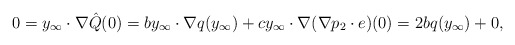
\begin{align*} 0 &= y_\infty\cdot\nabla\hat{Q}(0) = by_\infty\cdot\nabla q(y_\infty) + cy_\infty\cdot\nabla(\nabla p_2\cdot e)(0) = 2bq(y_\infty) + 0,\end{align*}